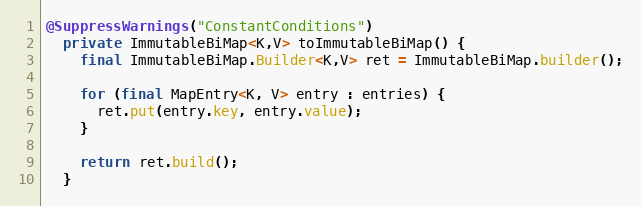
Language: Java
@SuppressWarnings("ConstantConditions")
  private ImmutableBiMap<K,V> toImmutableBiMap() {
    final ImmutableBiMap.Builder<K,V> ret = ImmutableBiMap.builder();

    for (final MapEntry<K, V> entry : entries) {
      ret.put(entry.key, entry.value);
    }

    return ret.build();
  }